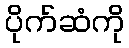
ပိုက်ဆံကို